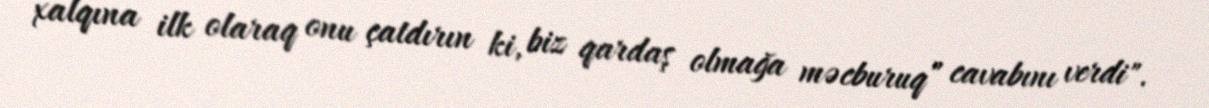
xalqına ilk olaraq onu çatdırın ki, biz qardaş olmağa məcburuq” cavabını verdi".